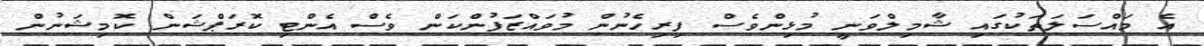
އެ މައްސަލަތަކުގައި ޝާމިލްވަނީ މުޅިންވެސް ފިރިހެނުން މުވައްޒަފުންކަން ވެސް އެންޓި ކޮރަޕްޝަން ކޮމިޝަނުން